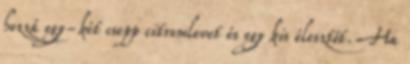
hozzá egy-két csepp citromlevet és egy kis élesztőt. Ha